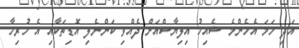
އަދި ހަމަ އެހެންމެ ޝެއިހު އިލިޔާސްއަށް ދެއްވި ކަންނެލި އޮޑިތަކާއި އެ ހުރިހާ